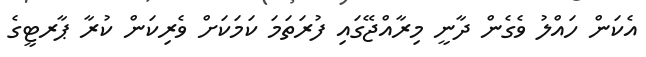
އެކަން ހައްލު ވެގެން ދާނީ މިރާއްޖޭގައި ފުރަތަމަ ކަމަކަށް ވެރިކަން ކުރާ ޕާރޓީގެ